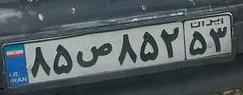
۸۵ص۸۵۲۵۳